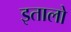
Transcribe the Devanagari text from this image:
इतालो